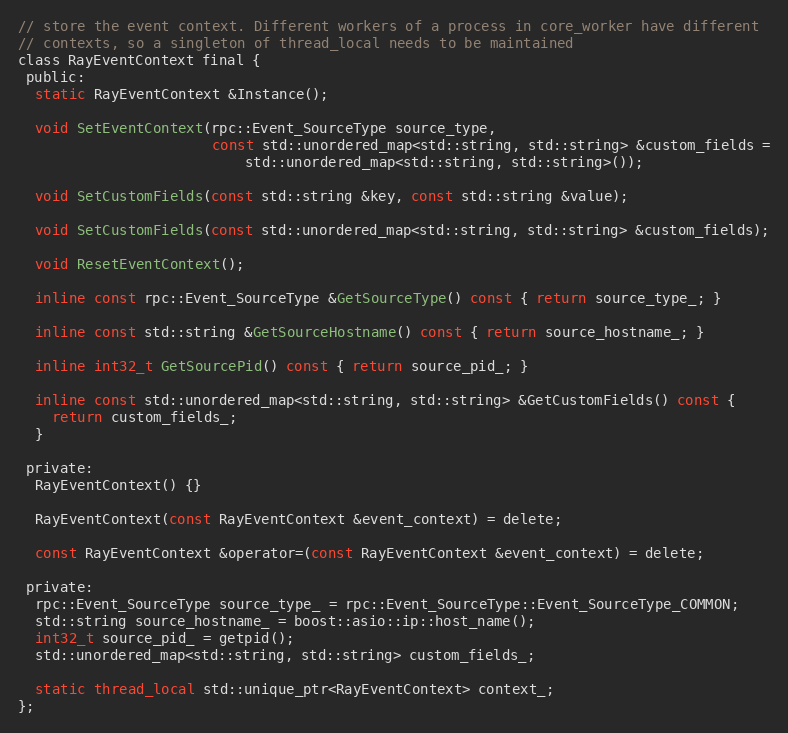
Language: C
// store the event context. Different workers of a process in core_worker have different
// contexts, so a singleton of thread_local needs to be maintained
class RayEventContext final {
 public:
  static RayEventContext &Instance();

  void SetEventContext(rpc::Event_SourceType source_type,
                       const std::unordered_map<std::string, std::string> &custom_fields =
                           std::unordered_map<std::string, std::string>());

  void SetCustomFields(const std::string &key, const std::string &value);

  void SetCustomFields(const std::unordered_map<std::string, std::string> &custom_fields);

  void ResetEventContext();

  inline const rpc::Event_SourceType &GetSourceType() const { return source_type_; }

  inline const std::string &GetSourceHostname() const { return source_hostname_; }

  inline int32_t GetSourcePid() const { return source_pid_; }

  inline const std::unordered_map<std::string, std::string> &GetCustomFields() const {
    return custom_fields_;
  }

 private:
  RayEventContext() {}

  RayEventContext(const RayEventContext &event_context) = delete;

  const RayEventContext &operator=(const RayEventContext &event_context) = delete;

 private:
  rpc::Event_SourceType source_type_ = rpc::Event_SourceType::Event_SourceType_COMMON;
  std::string source_hostname_ = boost::asio::ip::host_name();
  int32_t source_pid_ = getpid();
  std::unordered_map<std::string, std::string> custom_fields_;

  static thread_local std::unique_ptr<RayEventContext> context_;
};